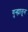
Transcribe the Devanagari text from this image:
गुन्ह्यातून